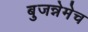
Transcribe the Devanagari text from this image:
बुजन्नेमेच